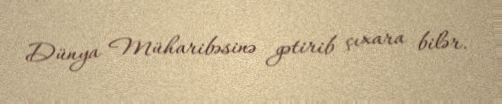
Dünya Müharibəsinə gətirib çıxara bilər.